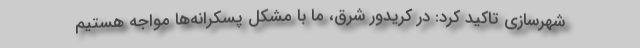
شهرسازی تاکید کرد: در کریدور شرق، ما با مشکل پسکرانه‌ها مواجه هستیم